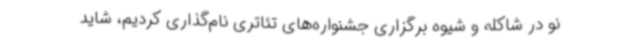
نو در شاکله و شیوه برگزاری جشنواره‌های تئاتری نام‌گذاری کردیم، شاید